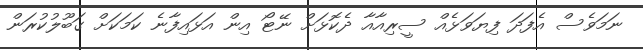
ނަމަވެސް އެފަދަ ފިޔަވަޅެއް ސީރިއާއާ ދެކޮޅަށް ނޭޓޯ އިން އަޅައިފާނެ ކަމަކަށް ގަބޫލުކުރަން